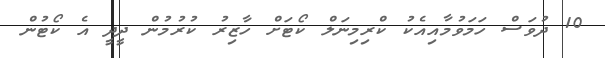
10 ދުވަސް ހަމަވުމާއިއެކު ކްރިމިނަލް ކޯޓަށް ހާޒިރު ކުރުމުން ދީދީ އެ ކޯޓުން